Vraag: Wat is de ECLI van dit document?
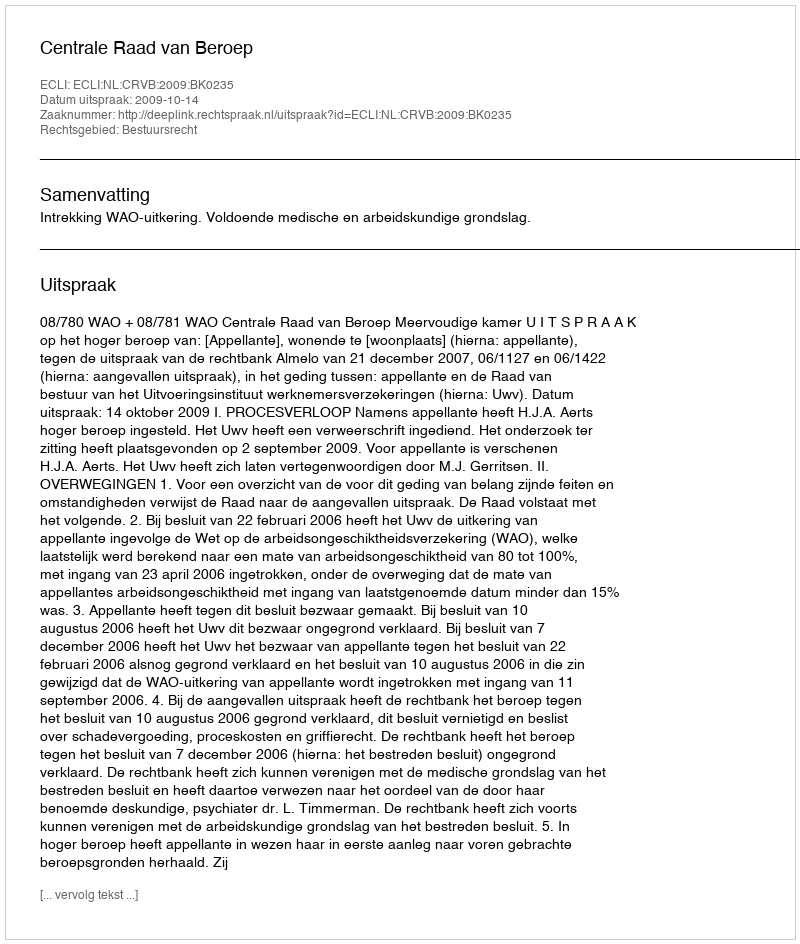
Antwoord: ECLI:NL:CRVB:2009:BK0235